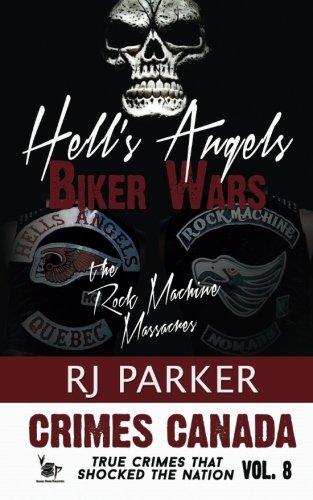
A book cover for Hell's Angels Biker Wars: The Rock Machine Massacres (Crimes Canada: True Crimes That Shocked the Nation) (Volume 8); RJ Parker; History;